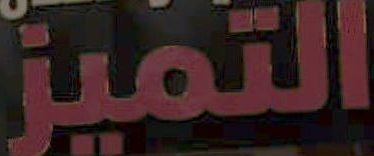
التميز